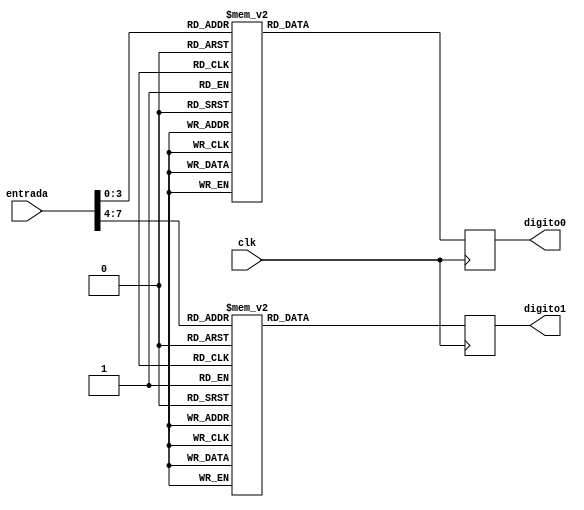
module conversor_bin_hex7seg(
    input clk,
    input [7:0] entrada,
    output reg [6:0] digito0, // digito da direita
    output reg [6:0] digito1
);

    reg [4:0] digito0bin, digito1bin;

    always @(negedge clk) begin
        digito0bin = {entrada[3:0]};
        digito1bin = {entrada[7:4]};

        case(digito0bin)
            4'b0000: digito0 = 7'b1000000; // 0
            4'b0001: digito0 = 7'b1111001; // 1
            4'b0010: digito0 = 7'b0100100; // 2
            4'b0011: digito0 = 7'b0110000; // 3
            4'b0100: digito0 = 7'b0011001; // 4
            4'b0101: digito0 = 7'b0010010; // 5
            4'b0110: digito0 = 7'b0000010; // 6
            4'b0111: digito0 = 7'b1111000; // 7
            4'b1000: digito0 = 7'b0000000; // 8
            4'b1001: digito0 = 7'b0010000; // 9
            4'b1010: digito0 = 7'b0001000; // a
            4'b1011: digito0 = 7'b0000011; // b
            4'b1100: digito0 = 7'b1000110; // c
            4'b1101: digito0 = 7'b0100001; // d
            4'b1110: digito0 = 7'b0000110; // e
            4'b1111: digito0 = 7'b0001110; // f
            default: digito0 = 7'b1111111; // entrada invlida
        endcase
        
        case(digito1bin)
            4'b0000: digito1 = 7'b1000000; // 0
            4'b0001: digito1 = 7'b1111001; // 1
            4'b0010: digito1 = 7'b0100100; // 2
            4'b0011: digito1 = 7'b0110000; // 3
            4'b0100: digito1 = 7'b0011001; // 4
            4'b0101: digito1 = 7'b0010010; // 5
            4'b0110: digito1 = 7'b0000010; // 6
            4'b0111: digito1 = 7'b1111000; // 7
            4'b1000: digito1 = 7'b0000000; // 8
            4'b1001: digito1 = 7'b0010000; // 9
            4'b1010: digito1 = 7'b0001000; // a
            4'b1011: digito1 = 7'b0000011; // b
            4'b1100: digito1 = 7'b1000110; // c
            4'b1101: digito1 = 7'b0100001; // d
            4'b1110: digito1 = 7'b0000110; // e
            4'b1111: digito1 = 7'b0001110; // f
            default: digito1 = 7'b1111111; // entrada invlida
        endcase
    end

endmodule